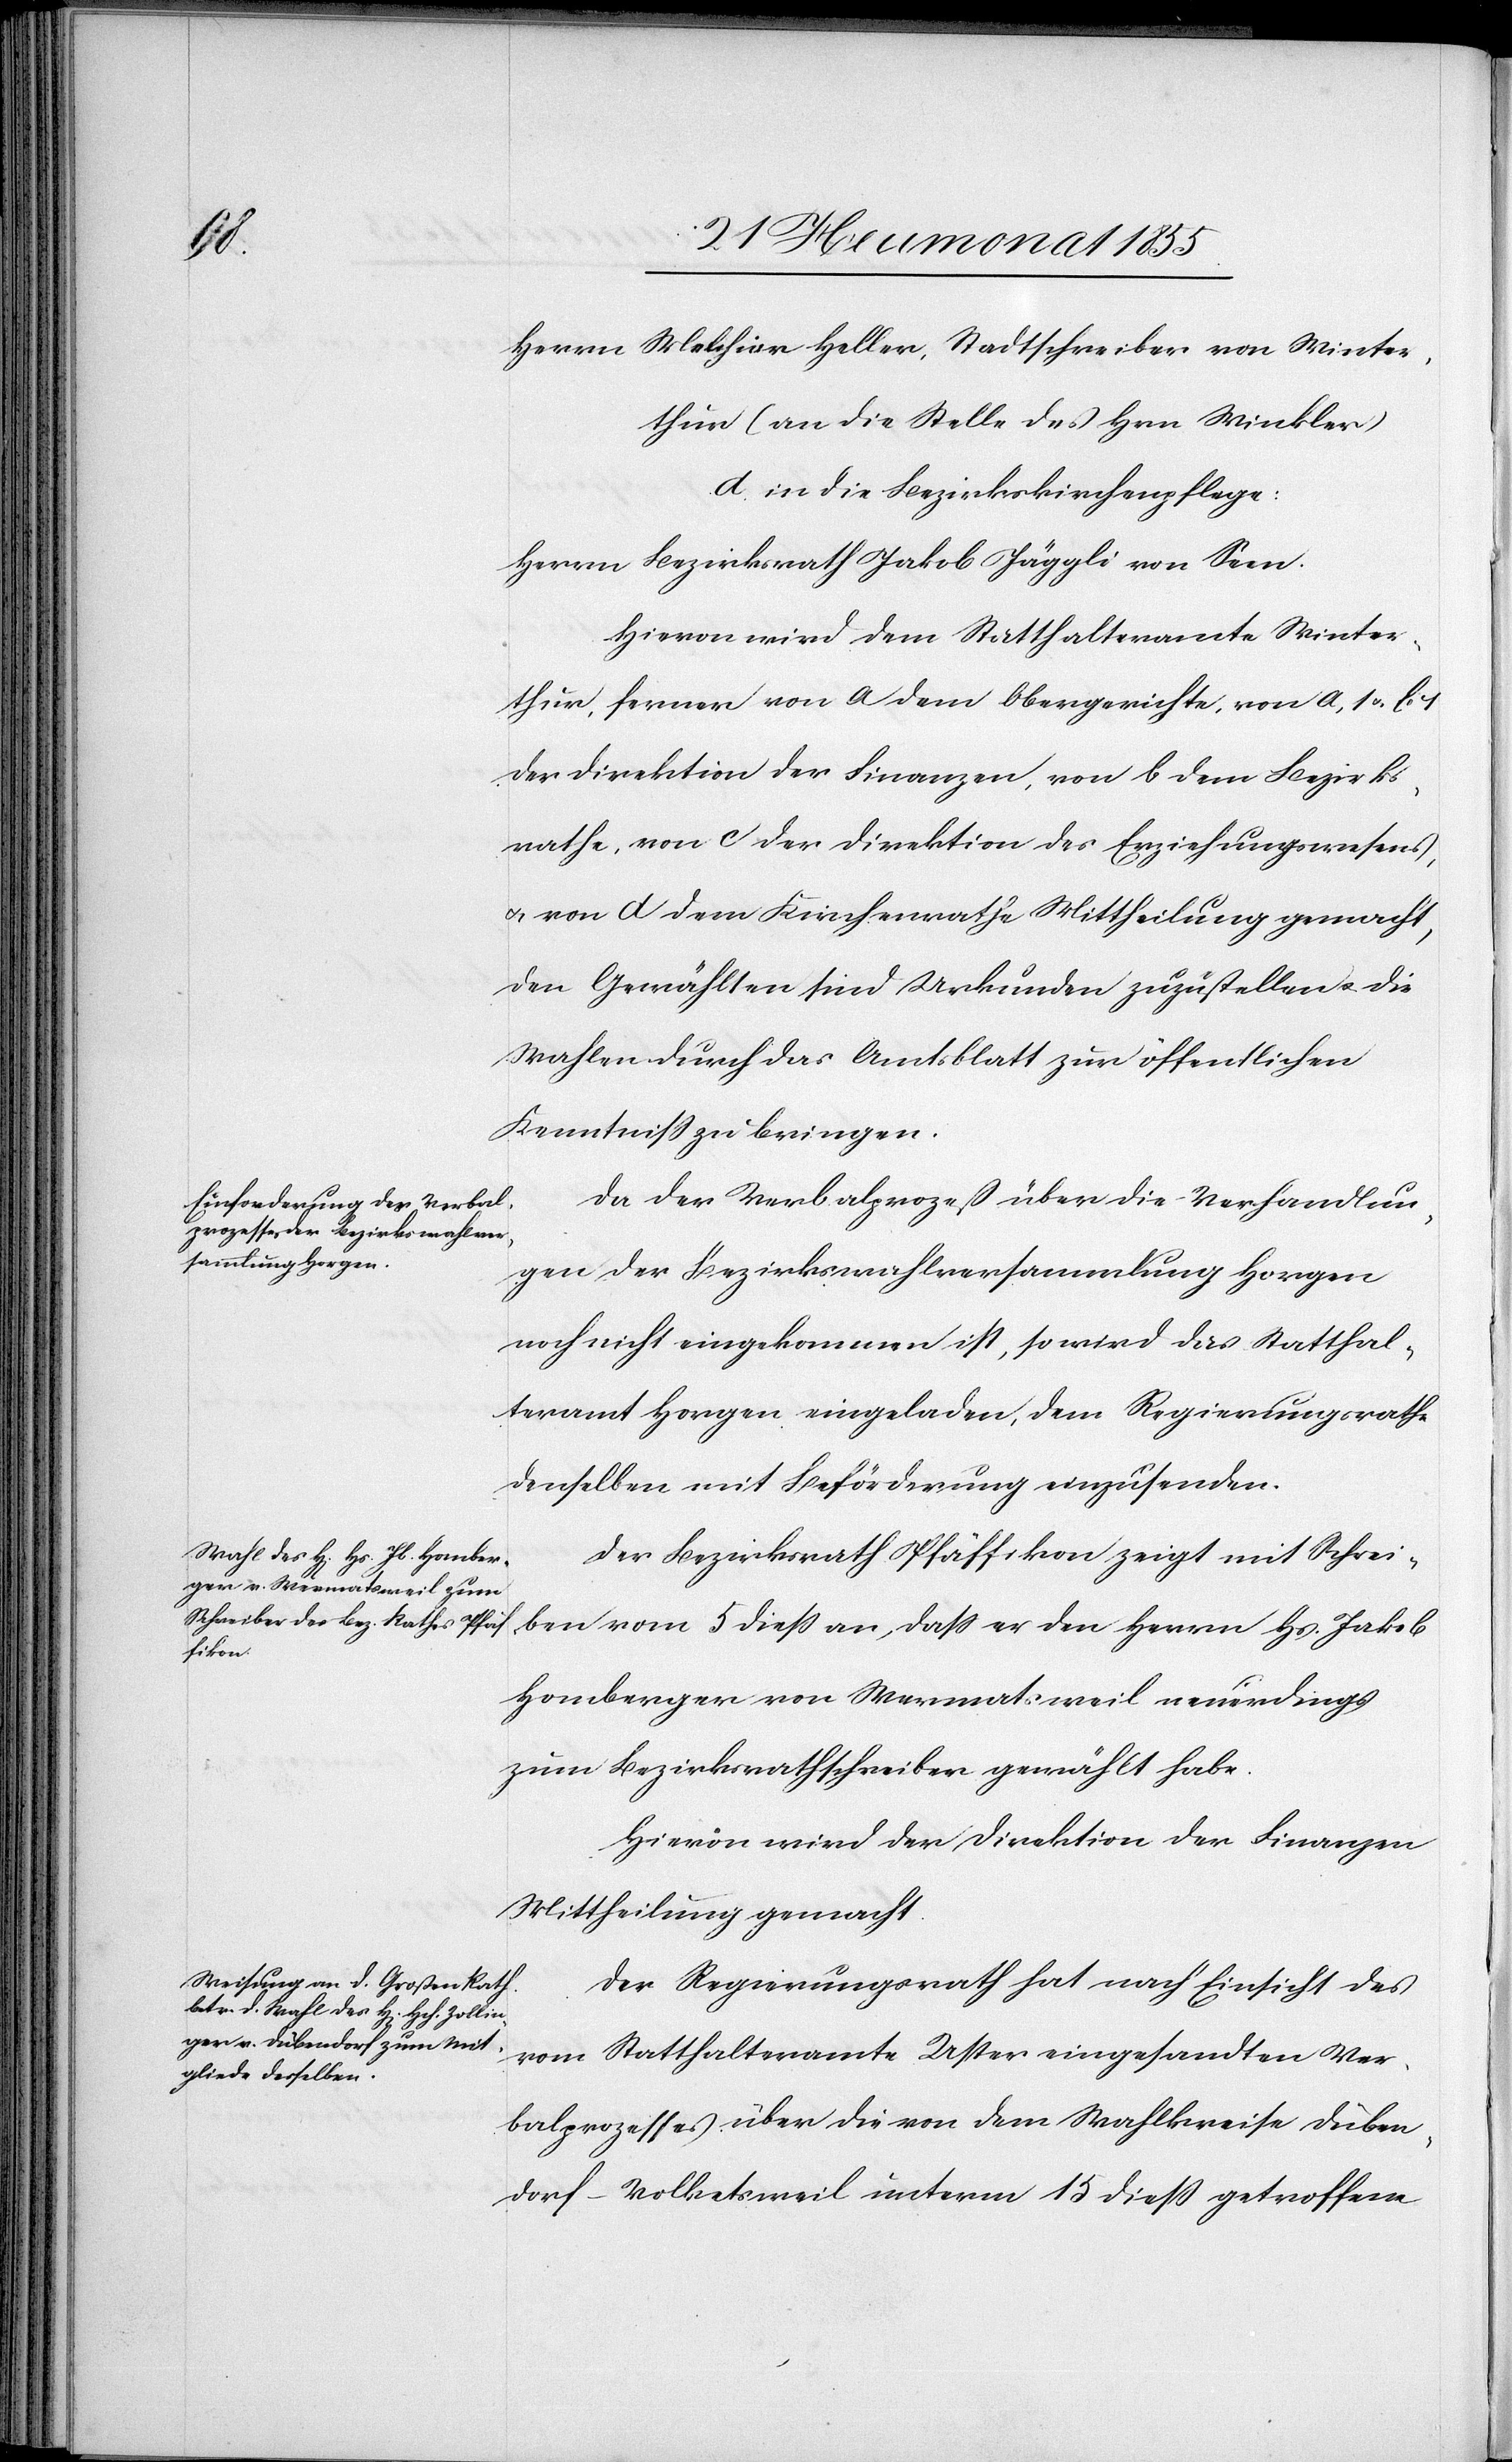
Herrn Melchior Heller, Stadtschreiber von Winter¬
thur (an die Stelle des Hrn Winkler)
d. in die Bezirkskirchenpflege:
Herrn Bezirksrath Jakob Jäggli von Seen.
Hievon wird dem Statthalteramte Winter¬
thur, ferner von a dem Obergerichte, von a, 1 & b
der Direktion der Finanzen, von b dem Bezirks¬
rathe, von c der Direktion des Erziehungswesens,
& von d dem Kirchenrathe Mittheilung gemacht,
den Gewählten sind Urkunden zuzustellen & die
Wahlen durch das Amtsblatt zur öffentlichen
Kenntniss zu bringen.
Da der Verbalprozeß über die Verhandlun¬
gen der Bezirkswahlversammlung Horgen
noch nicht eingekommen ist, so wird das Statthal¬
teramt Horgen eingeladen, dem Regierungsrathe
denselben mit Beförderung einzusenden.
Der Bezirksrath Pfäffikon zeigt mit Schrei¬
ben vom 5 dieß an, dass er den Herrn Hs. Jakob
Homberger von Wermatsweil neuerdings
zum Bezirksrathschreiber gewählt habe.
Hievon wird der Direktion der Finanzen
Mittheilung gemacht.
Der Regierungsrath hat nach Einsicht des
vom Statthalteramte Uster eingesandten Ver¬
balprozesses über die von dem Wahlkreise Düben¬
dorf-Volketsweil unterm 15 dieß getroffene